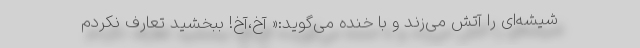
شیشه‌ای را آتش می‌زند و با خنده می‌گوید:« آخ،آخ! ببخشید تعارف نکردم